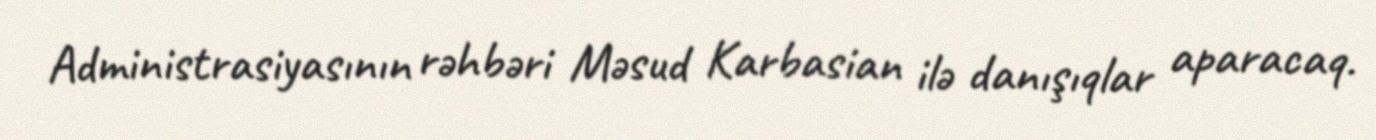
Administrasiyasının rəhbəri Məsud Karbasian ilə danışıqlar aparacaq.